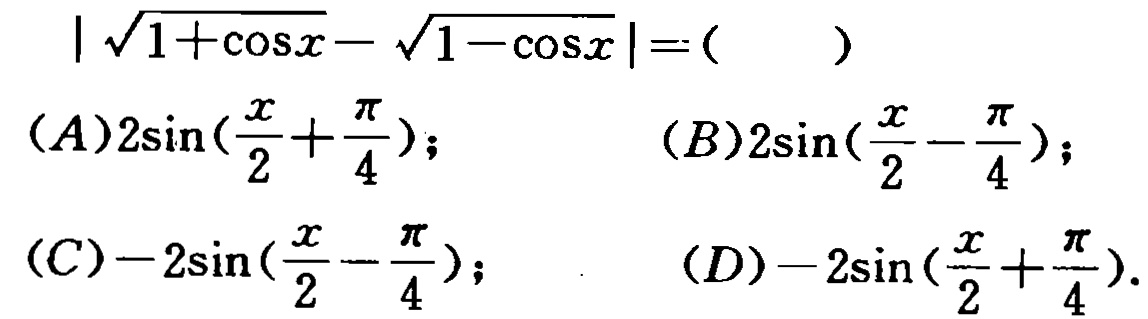
\(\vert\sqrt{1 + \cos x}-\sqrt{1 - \cos x}\vert=(\quad)\)

\((A)2\sin(\frac{x}{2}+\frac{\pi}{4});\) \((B)2\sin(\frac{x}{2}-\frac{\pi}{4});\)

\((C)-2\sin(\frac{x}{2}-\frac{\pi}{4});\) \((D)-2\sin(\frac{x}{2}+\frac{\pi}{4}).\)